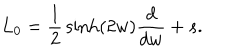
L _ { 0 } = \frac { 1 } { 2 } \, \sinh ( 2 w ) \frac { d } { d w } + s .